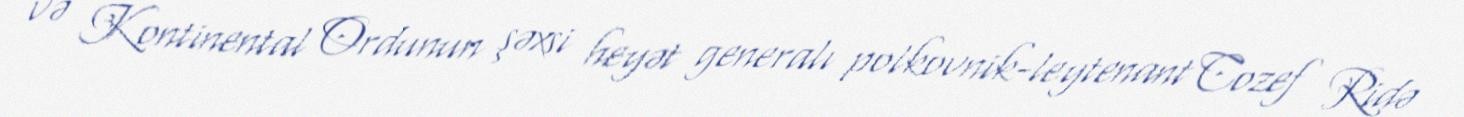
və Kontinental Ordunun şəxsi heyət generalı polkovnik-leytenant Cozef Ridə